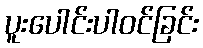
ပူးပေါင်းပါဝင်ခြင်း